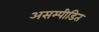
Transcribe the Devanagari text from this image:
असम्पीडित